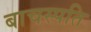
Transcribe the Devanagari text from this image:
बाचस्पति